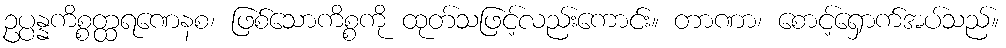
ဥပ္ပန္နကိစ္စတ္ထရဏေနစ၊ ဖြစ်သောကိစ္စကို ထုတ်သဖြင့်လည်းကောင်း။ တာဏာ၊ စောင့်ရှောက်အပ်သည်။